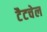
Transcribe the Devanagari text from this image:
टैटचेल